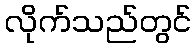
လိုက်သည်တွင်